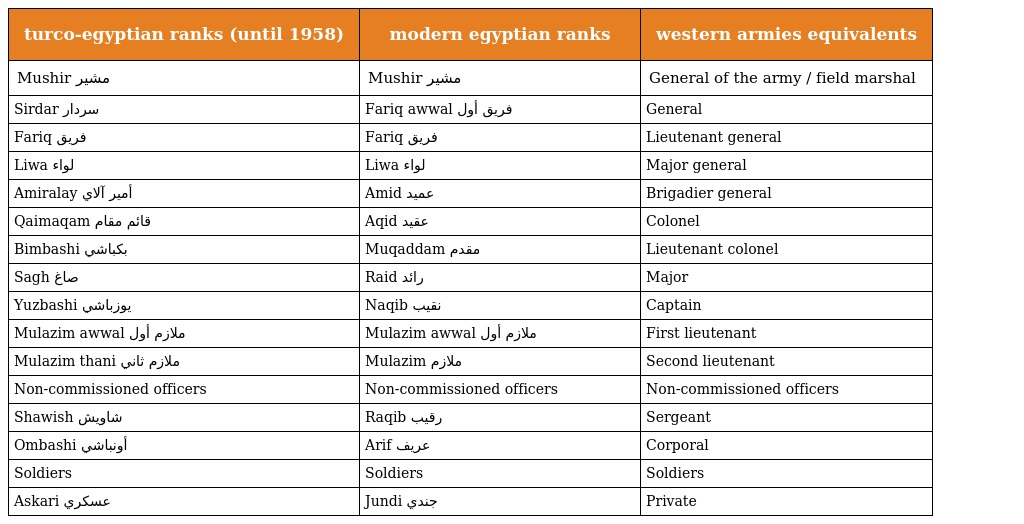
| turco-egyptian ranks (until 1958) | modern egyptian ranks | western armies equivalents |
 | --- | --- | --- |
 | Mushir مشير | Mushir مشير | General of the army / field marshal |
 | Sirdar سردار | Fariq awwal فريق أول | General |
 | Fariq فريق | Fariq فريق | Lieutenant general |
 | Liwa لواء | Liwa لواء | Major general |
 | Amiralay أمير آلاي | Amid عميد | Brigadier general |
 | Qaimaqam قائم مقام | Aqid عقيد | Colonel |
 | Bimbashi بكباشي | Muqaddam مقدم | Lieutenant colonel |
 | Sagh صاغ | Raid رائد | Major |
 | Yuzbashi يوزباشي | Naqib نقيب | Captain |
 | Mulazim awwal ملازم أول | Mulazim awwal ملازم أول | First lieutenant |
 | Mulazim thani ملازم ثاني | Mulazim ملازم | Second lieutenant |
 | Non-commissioned officers | Non-commissioned officers | Non-commissioned officers |
 | Shawish شاويش | Raqib رقيب | Sergeant |
 | Ombashi أونباشي | Arif عريف | Corporal |
 | Soldiers | Soldiers | Soldiers |
 | Askari عسكري | Jundi جندي | Private |